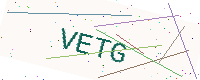
Text: VETG